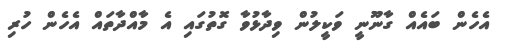
އެހެން ބައެއް ގާނޫނީ ވަކީލުން ވިދާޅުވާ ގޮތުގައި އެ މާއްދާތައް އެހެން ހުރި